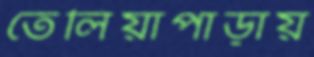
তেলিয়াপাড়ায়